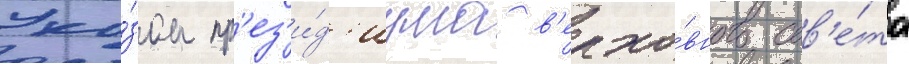
Ука́зом пр'ез'и́д'иума в'ерхо́вного сов'е́та